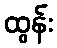
ထွန်း